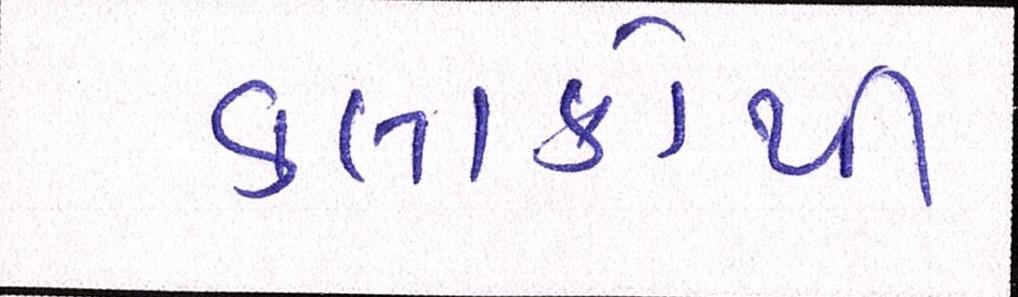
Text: કલાકોથી